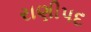
રાણીપદ